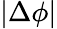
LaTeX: |\Delta\phi|